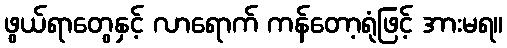
ဖွယ်ရာတွေနှင့် လာရောက် ကန်တော့ရုံဖြင့် အားမရ။